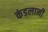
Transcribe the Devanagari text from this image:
कंडलानी